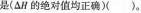
是(△H的绝对值均正确( )。